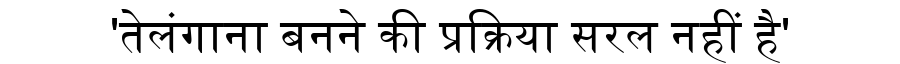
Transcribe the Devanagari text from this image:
'तेलंगाना बनने की प्रक्रिया सरल नहीं है'